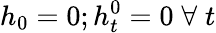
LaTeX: h_{0}=0;h_{t}^{0}=0\; \forall\; t